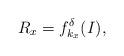
LaTeX: \begin{align*} R_x=f^\delta_{k_x}(I),\end{align*}